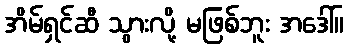
အိမ်ရှင်ဆီ သွားလို့ မဖြစ်ဘူး အဒေါ်။